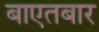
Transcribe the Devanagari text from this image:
बाएतबार